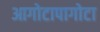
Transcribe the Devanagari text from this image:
आगोटापागोटा